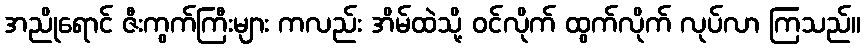
အညိုရောင် ဇီးကွက်ကြီးများ ကလည်း အိမ်ထဲသို့ ဝင်လိုက် ထွက်လိုက် လုပ်လာ ကြသည်။